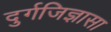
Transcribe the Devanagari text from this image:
दुर्गजिज्ञासा